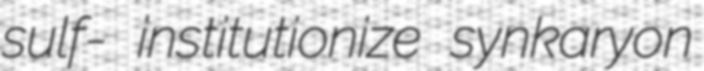
sulf- institutionize synkaryon